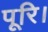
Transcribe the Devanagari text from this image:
पूरि।